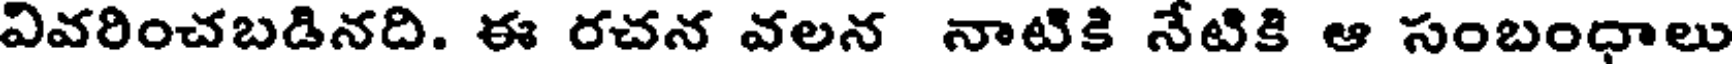
వివరించబడినది. ఈ రచన వలన నాటికి నేటికి ఆ సంబంధాలు